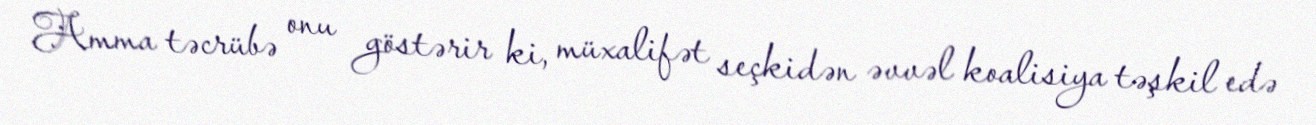
Amma təcrübə onu göstərir ki, müxalifət seçkidən əvvəl koalisiya təşkil edə